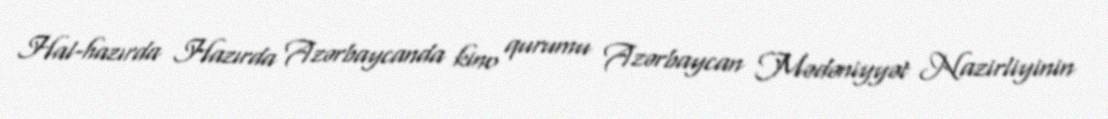
Hal-hazırda Hazırda Azərbaycanda kino qurumu Azərbaycan Mədəniyyət Nazirliyinin